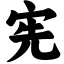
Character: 宪